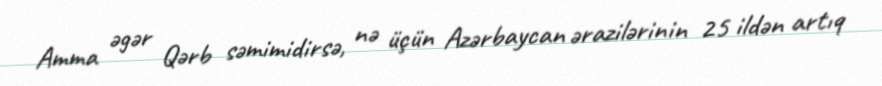
Amma əgər Qərb səmimidirsə, nə üçün Azərbaycan ərazilərinin 25 ildən artıq